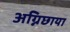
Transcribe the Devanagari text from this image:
अग्निछाया